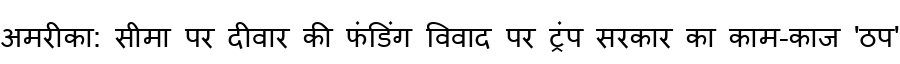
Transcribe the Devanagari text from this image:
अमरीका: सीमा पर दीवार की फंडिंग विवाद पर ट्रंप सरकार का काम-काज 'ठप'